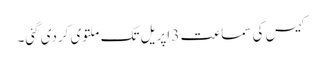
کیس کی سماعت 3 اپریل تک ملتوی کردی گئی۔